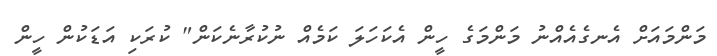
މަންމައަށް އެނގެއެއްނު މަންމަގެ ހީން އެކަހަލަ ކަމެއް ނުކުރާނެކަން" ކުރަކި އަޑަކުން ހީން